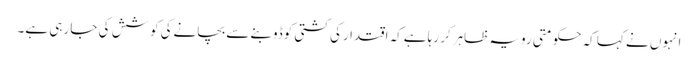
انہوں نے کہا کہ حکومتی رویہ ظاہرکر رہا ہےکہ اقتدارکی کشتی کوڈوبنے سے بچانےکی کوشش کی جا رہی ہے۔